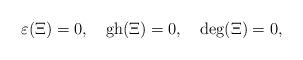
LaTeX: \begin{align*}\varepsilon(\Xi)=0,\quad\hbox{gh}(\Xi)=0,\quad\hbox{deg}(\Xi)=0,\end{align*}